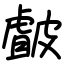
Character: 皻